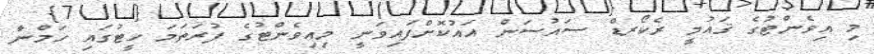
މި އިވެންޓުގެ ޤައުމީ ރެކޯރޑް ސައުސަން އައުކޮށްފައިވަނީ މިއިވެންޓުގެ ފުރަތަމަ ހީޓުގައި ހަމްނާ